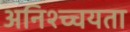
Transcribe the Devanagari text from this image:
अनिश्च्चयता